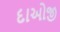
દાઓજી